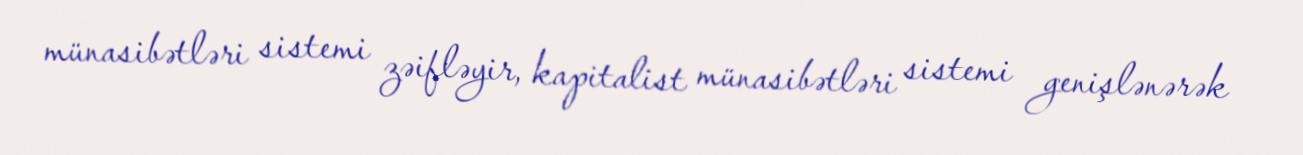
münasibətləri sistemi zəifləyir, kapitalist münasibətləri sistemi genişlənərək